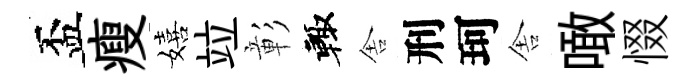
盃瘦嬉竝彰輙舎刑珂舎噉惙